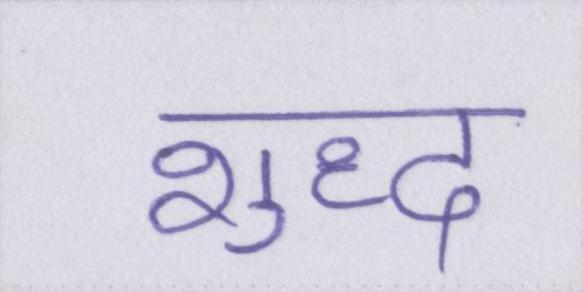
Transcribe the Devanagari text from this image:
शुध्द